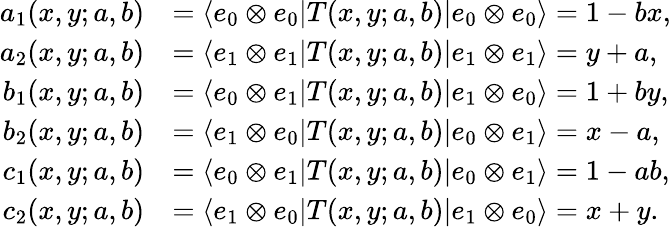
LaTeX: \begin{array}{rl}{a_{1}(x,y;a,b)}&{=\langle e_{0}\otimes e_{0}|T(x,y;a,b)|e_{0}\otimes e_{0}\rangle=1-bx,}\\ {a_{2}(x,y;a,b)}&{=\langle e_{1}\otimes e_{1}|T(x,y;a,b)|e_{1}\otimes e_{1}\rangle=y+a,}\\ {b_{1}(x,y;a,b)}&{=\langle e_{0}\otimes e_{1}|T(x,y;a,b)|e_{1}\otimes e_{0}\rangle=1+by,}\\ {b_{2}(x,y;a,b)}&{=\langle e_{1}\otimes e_{0}|T(x,y;a,b)|e_{0}\otimes e_{1}\rangle=x-a,}\\ {c_{1}(x,y;a,b)}&{=\langle e_{0}\otimes e_{1}|T(x,y;a,b)|e_{0}\otimes e_{1}\rangle=1-ab,}\\ {c_{2}(x,y;a,b)}&{=\langle e_{1}\otimes e_{0}|T(x,y;a,b)|e_{1}\otimes e_{0}\rangle=x+y.}\end{array}